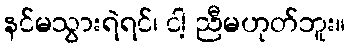
နင်မသွားရဲရင်၊ ငါ့ ညီမဟုတ်ဘူး။